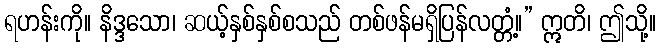
ရဟန်းကို။ နိဒ္ဒသော၊ ဆယ့်နှစ်နှစ်စသည် တစ်ဖန်မရှိပြန်လတ္တံ့။” ဣတိ၊ ဤသို့။